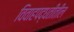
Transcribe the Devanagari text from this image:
विवाहपद्धतीतील